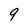
Character: 9